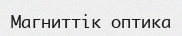
Магниттік оптика